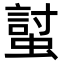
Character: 𧏛